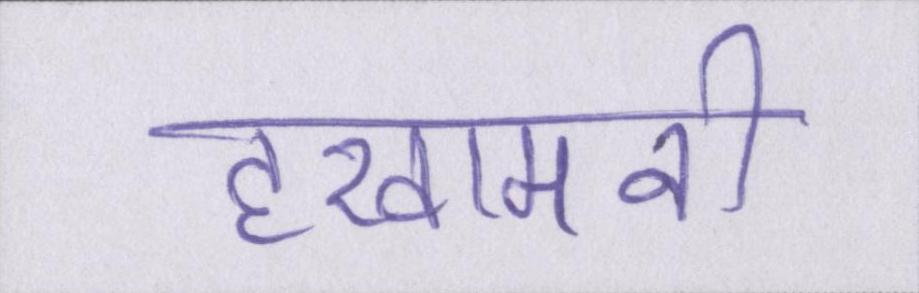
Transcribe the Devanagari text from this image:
हखामनी